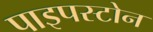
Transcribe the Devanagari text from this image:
पाइपस्टोन